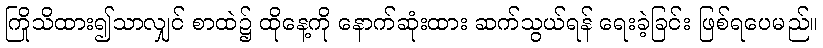
ကြိုသိထား၍သာလျှင် စာထဲ၌ ထိုနေ့ကို နောက်ဆုံးထား ဆက်သွယ်ရန် ရေးခဲ့ခြင်း ဖြစ်ရပေမည်။